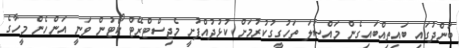
ބަންދުގައި ބައިތިއްބައިގެން މައްސަލަ ތަހުގީގުކުރުމަށް ކުޅުދުއްފުށީ މެޖިސްޓްރޭޓް ކޯޓުން ވަނީ އަންހެން މީހާގެ